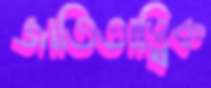
জাতিতাত্ত্বিক